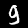
Digit: 9